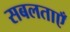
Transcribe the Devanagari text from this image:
सबलताएँ